Annual administration and progress report of the Indian Medical Department, Bombay
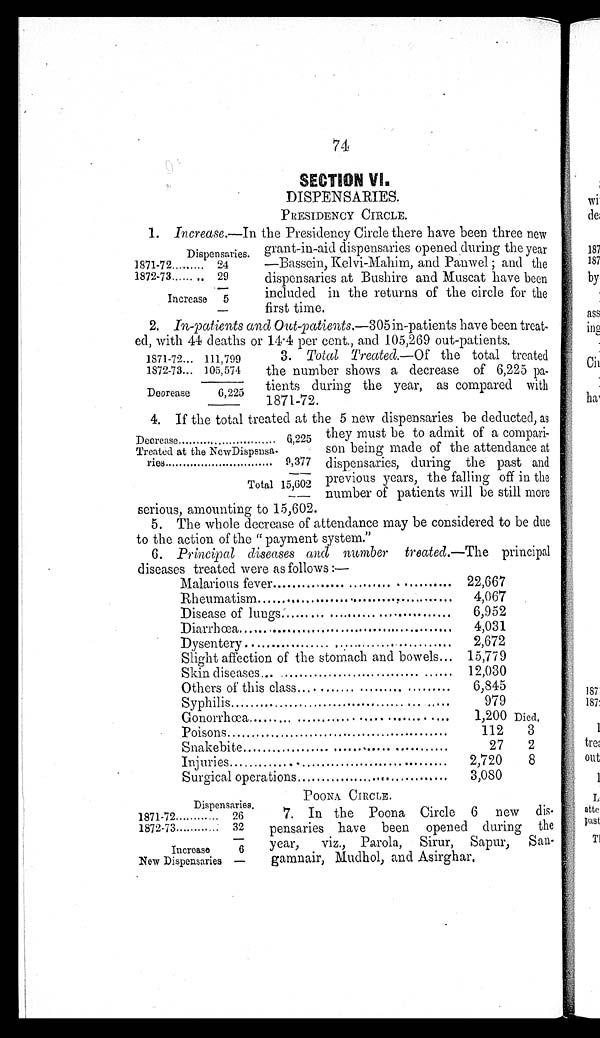
74
SECTION VI.
DISPENSARIES.
PRESIDENCY CIRCLE.
1.
Increase.— In the Presidency Circle there have been three new
grant-in-aid dispensaries opened during the year
—Bassein, Kelvi-Mahim, and Panwel ; and the
dispensaries at Bushire and Muscat have been
included in the returns of the circle for the
first time.
2. In-patients and Out-patients.—305 in-patients have been treat--
ed, with 44 deaths or 14.4 per cent., and 105,269 out-patients.
3. Total Treated.— Of the total treated
the number shows a decrease of 6,225 pa--
tients during the year, as compared with
1871-72.
4. If the total treated at the 5 new dispensaries be deducted, as
they must be to admit of a compari
-son being made of the attendance at
dispensaries, during the past and
previous years, the falling off in the
number of patients will be still more
serious, amounting to 15,602.
5. The whole decrease of attendance may be considered to be due
to the action of the " payment system."
6. Principal diseases and number treated.—The principal
diseases treated were as follows :—
Malarious fever . . .
22,667
Rheumatism . . .
4,067
Disease of lungs . . .
6,952
Diarrhœa . . .
4,031
Dysentery . . .
2,672
Slight affection of the stomach and bowels . . .
15,779
Skin diseases . . .
12,030
Others of this class . . .
6,845
Syphilis . . .
979
Gonorrhœa . . .
1,200 Died.
Poisons . . .
112
3
Snakebite . . .
27
2
Injuries . . .
2,720
8
Surgical operations . . .
3,080
Dispensaries.
1871-72 . . .
24
1872-73 . . .
29
Increase
5
1871-72 . . . 111,799
1872-73 . . . 105,574
Deorease
6,225
Decrease . . .
6,225
Treated at the NewDispsnsa-
ries . . .
9,377
Total 15,602
Dispensaries.
1871-72 . . .
26
1872-73 . . .
32
Increase
New Dispensaries
6
POONA CIRCLE.
7. In the Poona Circle 6 new dis
- p e n s a r i e s h a v e b e e n o p e n e d d u r i n g t h e
year, viz., Parola, Sirur, Sapur, San-
gamnair, Mudhol, and Asirghar.